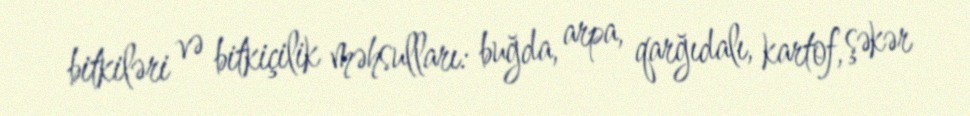
bitkiləri və bitkiçilik məhsulları: buğda, arpa, qarğıdalı, kartof, şəkər